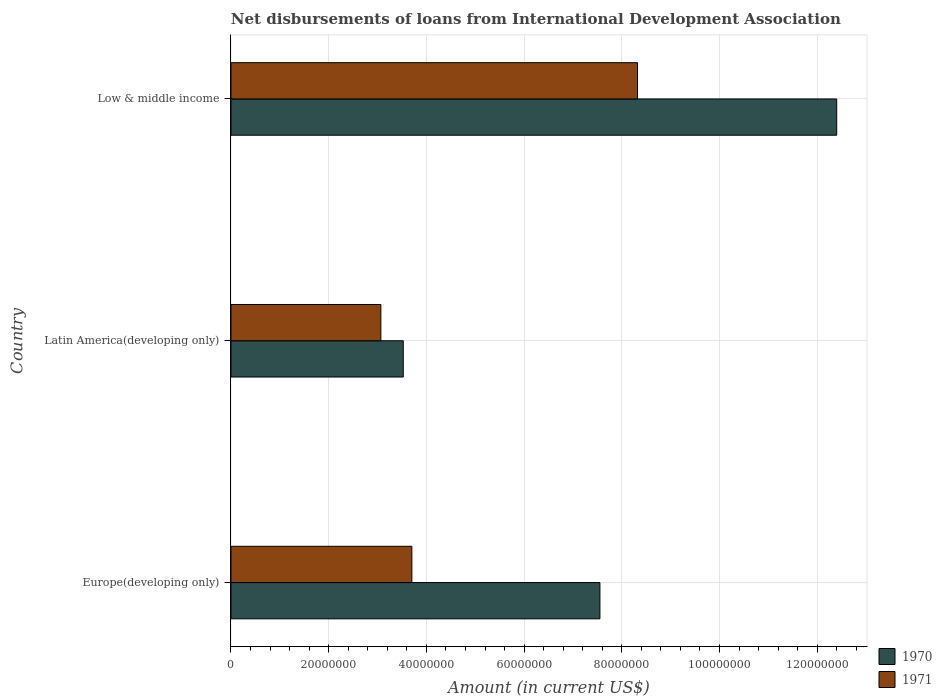
| Country | 1970 | 1971 |
 | --- | --- | --- |
 | Europe(developing only) | 7.55e+07 | 3.7e+07 |
 | Latin America(developing only) | 3.53e+07 | 3.07e+07 |
 | Low & middle income | 1.24e+08 | 8.32e+07 |